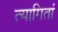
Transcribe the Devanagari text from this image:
त्यागितां